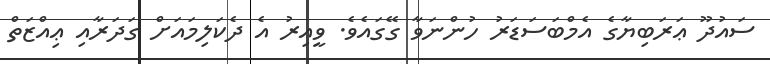
ސައުދޫ ޢަރަބިޔާގެ އެމްބަސަޑަރު ހުންނަވާ ގޭގައެވެ. ވީއިރު އެ ދެކަލިމައަށް ގަދަރާއި ޢިއްޒަތް